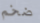
ضخم